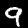
Digit: 9